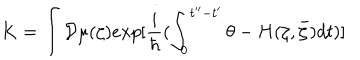
{ \bf K } = \int { \cal D } \mu ( \zeta ) e x p [ \frac { i } { \hbar } ( \int _ { 0 } ^ { t ^ { \prime \prime } - t ^ { \prime } } \theta - H ( \zeta , \bar { \zeta } ) d t ) ]